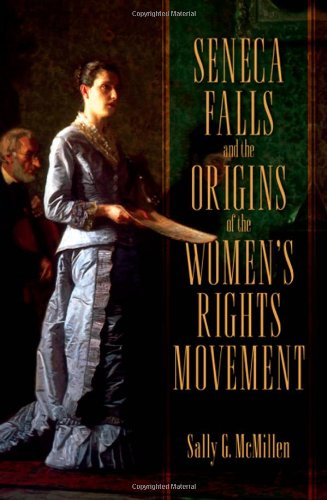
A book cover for Seneca Falls and the Origins of the Women's Rights Movement (Pivotal Moments in American History); Sally McMillen; Politics & Social Sciences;